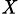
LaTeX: _{\mathit{X}}